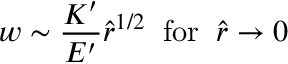
w \sim \frac { K ^ { \prime } } { E ^ { \prime } } \hat { r } ^ { 1 / 2 } \; \; \mathrm { f o r } \; \; \hat { r } \rightarrow 0